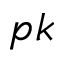
p k